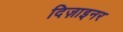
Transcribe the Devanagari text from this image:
दिज़ाइनर